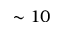
\sim 1 0